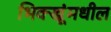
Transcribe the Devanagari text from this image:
भिक्खूंमधील